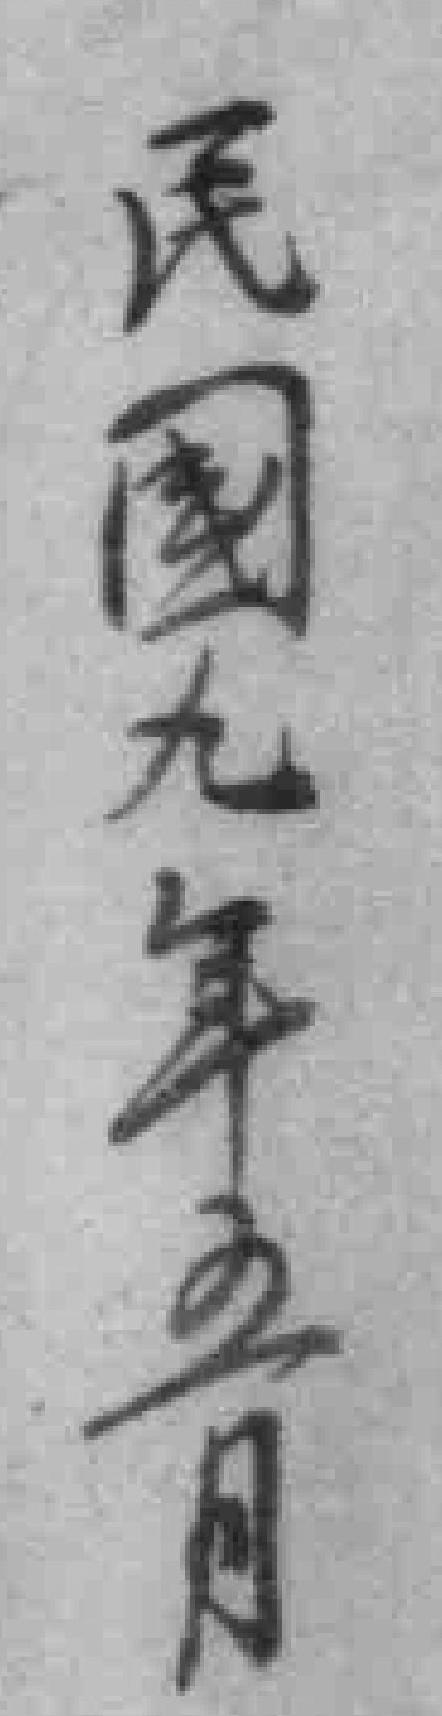
民國九年五月